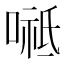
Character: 𭉸